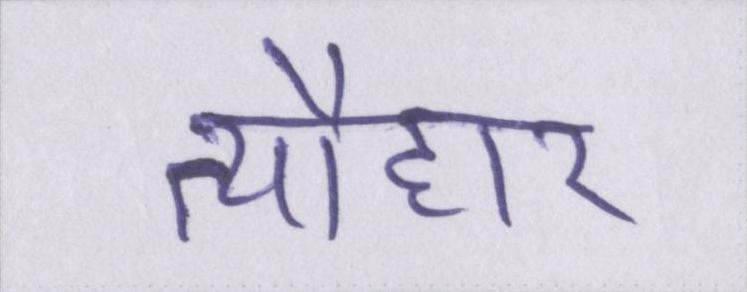
त्यौहार